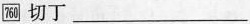
760切丁___